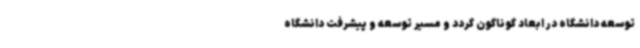
توسعه دانشگاه در ابعاد گوناگون گردد و مسیر توسعه و پیشرفت دانشگاه